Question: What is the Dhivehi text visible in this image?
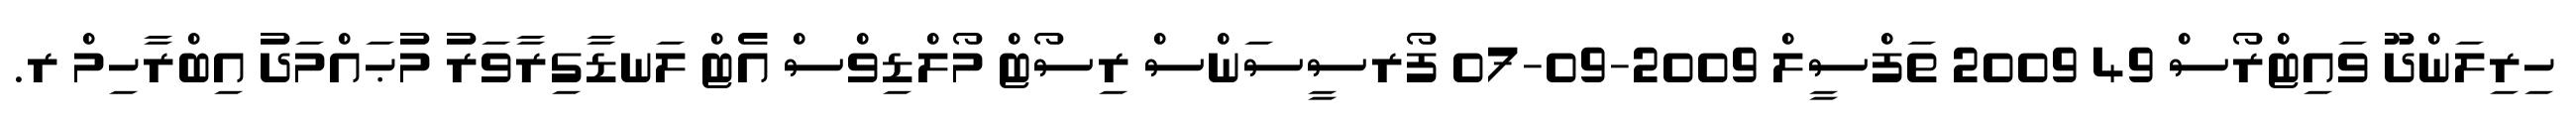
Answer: ހިރިލަންދޫ ވައިޓްރޯސް 49 2009 ތަފްސީލް 2009-09-07 ފޯރސީސަންސް ރިސޯޓް މޯލްޑިވްސް އެޓް ލަނޑާގިރާވަރު މުޙައްމަދު އިބްރާހިމް ރ.